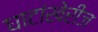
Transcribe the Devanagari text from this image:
घाटांखेरीज